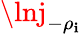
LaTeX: \lnj_{-\rho_{\mathbf{i}}}